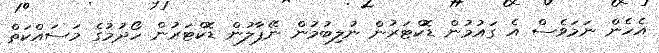
އެހެން ނަމަވެސް އެ ގައުމުން ޑޮކްޓަރުން ނުލިބުމުން ނޭޕާލުން ޑޮކްޓަރުން ހޯދުމުގެ މަސައްކަތް